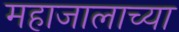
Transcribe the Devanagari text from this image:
महाजालाच्या